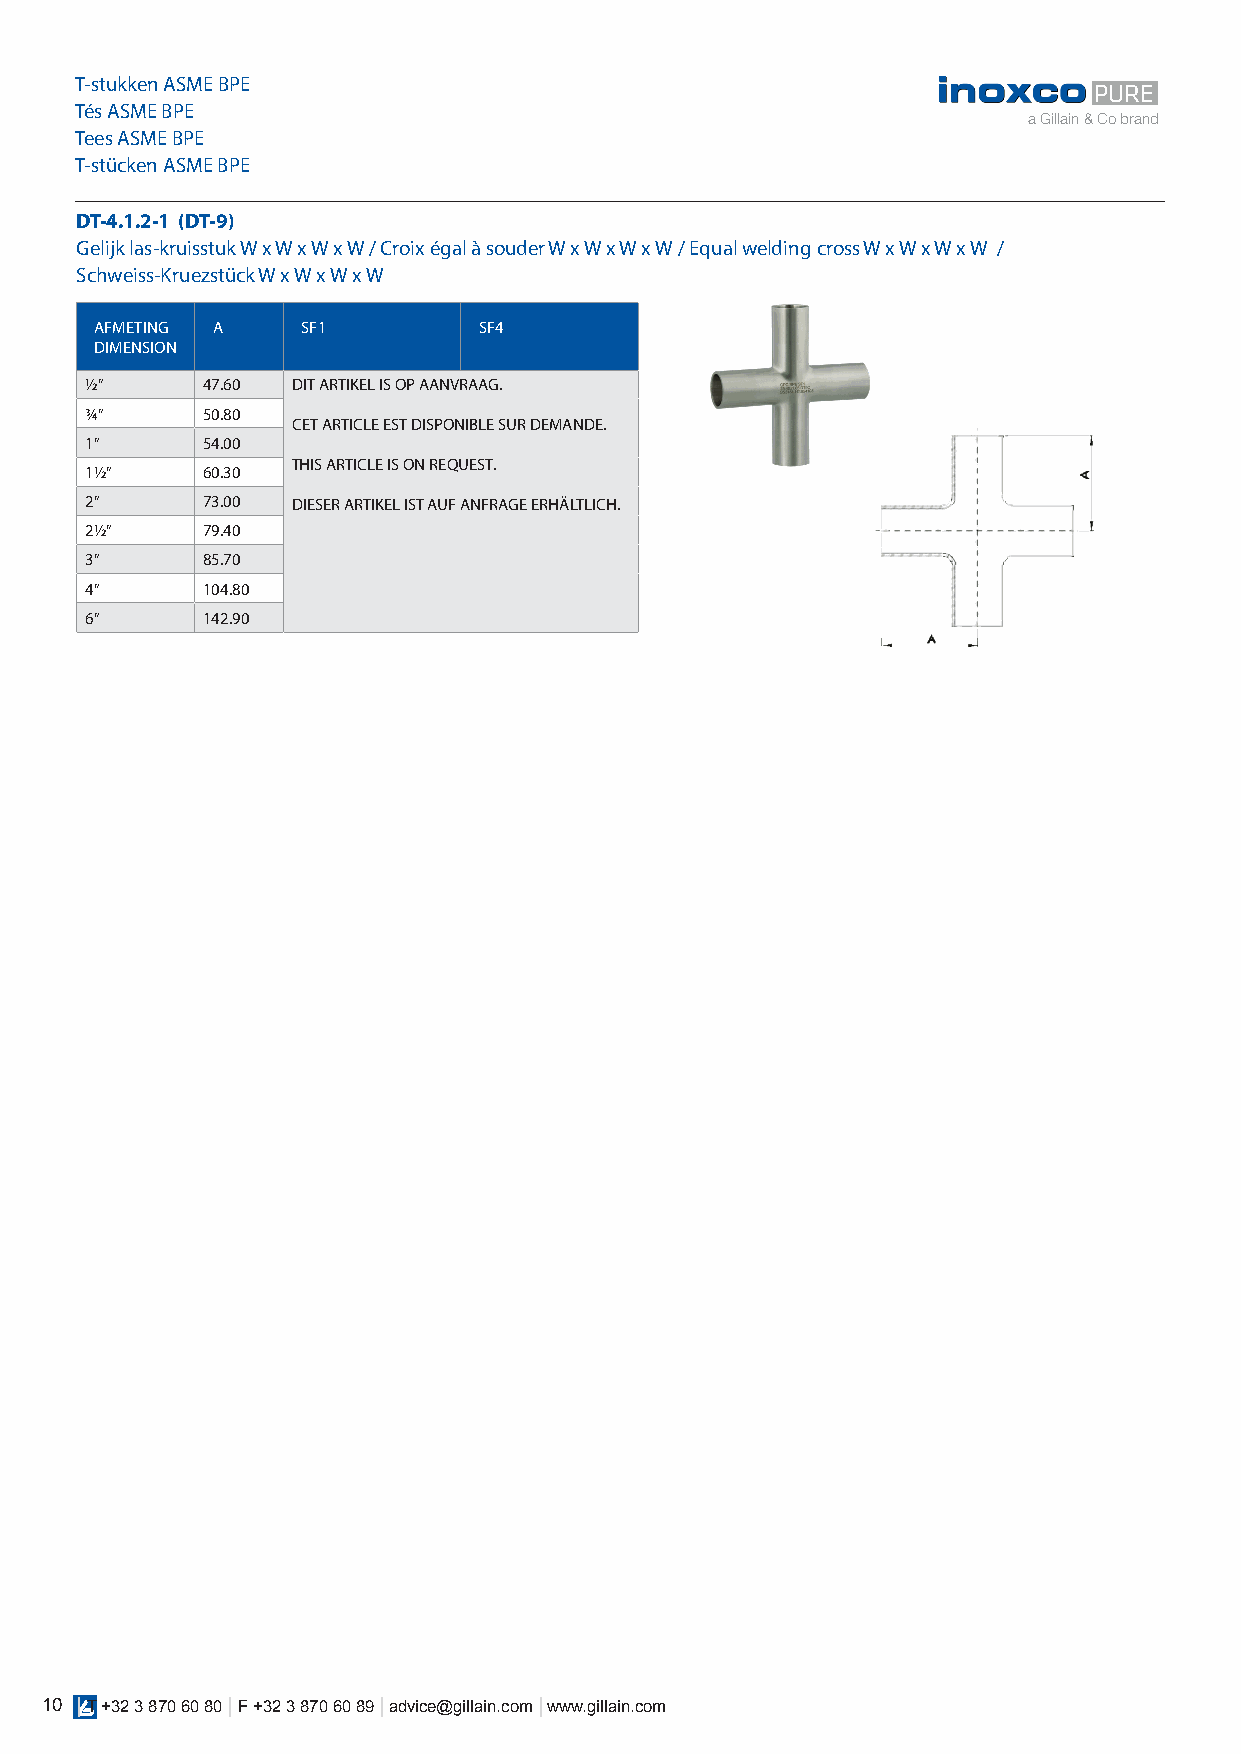
T-stukken ASME BPE
 PURE
 Tés ASME BPE
 a Gillain & Co brand
 Tees ASME BPE
 T-stücken ASME BPE
 DT-4.1.2-1 (DT-9)
 Gelijk las-kruisstuk W x W x W x W / Croix égal à souder W x W x W x W / Equal welding cross W x W x W x W /
 Schweiss-Kruezstück W x W x W x W
 AFMETING A    SF1         SF4
 DIMENSION
 1/2”   47.60 DIT ARTIKEL IS OP AANVRAAG.
 3/4”   50.80
 CET ARTICLE EST DISPONIBLE SUR DEMANDE.
 1”     54.00
 THIS ARTICLE IS ON REQUEST.
 11/2”  60.30
 2”     73.00 DIESER ARTIKEL IST AUF ANFRAGE ERHÄLTLICH.
 21/2”  79.40
 3”     85.70
 4”     104.80
 6”     142.90
 10 | T +32 3 870 60 80 | F +32 3 870 60 89 | advice@gillain.com | www.gillain.com